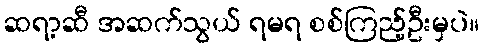
ဆရာ့ဆီ အဆက်သွယ် ရမရ စစ်ကြည့်ဦးမှပဲ။